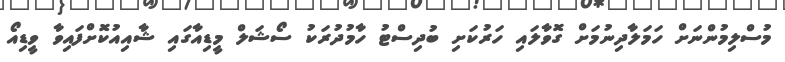
މުސްލިމުންނަށް ހަމަލާދިނުމަށް ގޮވާލައި ހަރުކަށި ބުދިސްޓު ހާމުދުރަކު ސޯޝަލް މީޑިއާގައި ޝާއިއުކޮށްފައިވާ ވީޑިއޯ